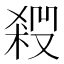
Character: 𠮁